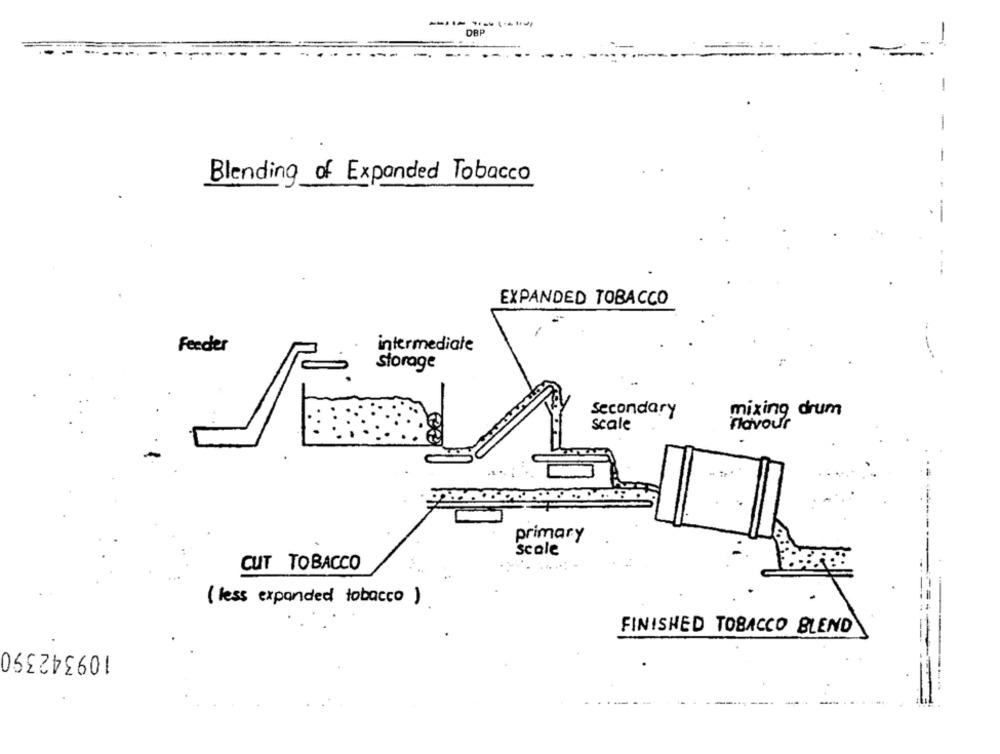
DBP
-
-
-
-
Blending of Expanded Tobacco
EXPANDED TOBACCO
intermediate
Feeder
storage
Secondary
mixing drum
scale
flavour
primary
scale
CUT TOBACCO
( less expanded tobacco )
FINISHED TOBACCO BLEND
109342390